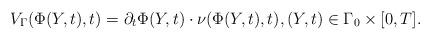
LaTeX: \begin{align*} V_\Gamma(\Phi(Y,t),t) = \partial_t\Phi(Y,t)\cdot\nu(\Phi(Y,t),t), (Y,t) \in \Gamma_0\times[0,T].\end{align*}